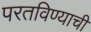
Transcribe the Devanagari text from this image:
परतविण्याची